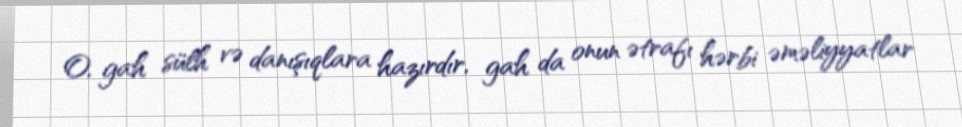
O, gah sülh və danışıqlara hazırdır, gah da onun ətrafı hərbi əməliyyatlar